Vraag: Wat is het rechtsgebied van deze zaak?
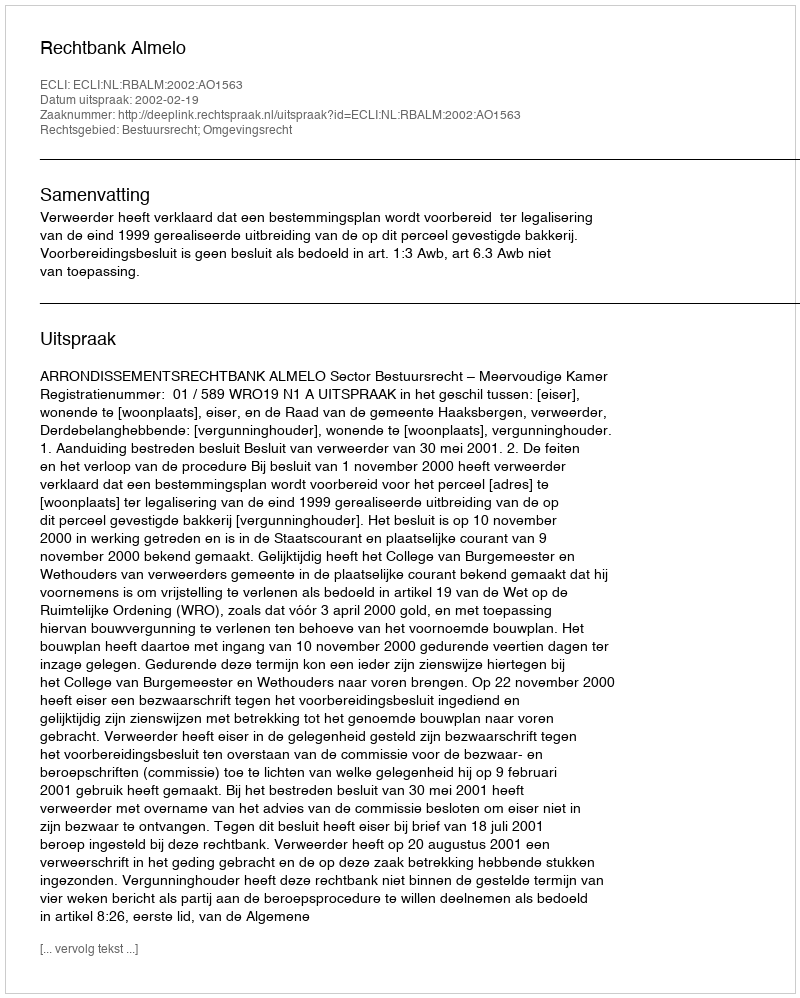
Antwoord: Bestuursrecht; Omgevingsrecht